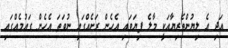
އަދި އެ ލިޔުންތެރިޔާއަކީ މާލެ ފިޔަވައި އެހެން ރަށެއްގައި ނުވަތަ އެހެން ގައުމެއްގައި